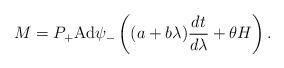
LaTeX: \begin{align*}M=P_+\mbox{Ad}\psi_-\left((a+b\lambda)\frac{dt}{d\lambda}+\theta H\right).\end{align*}